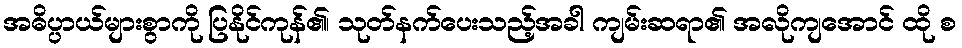
အဓိပ္ပာယ်များစွာကို ပြနိုင်ကုန်၏၊ သုတ်နက်ပေးသည့်အခါ ကျမ်းဆရာ၏ အလိုကျအောင် ထို စ